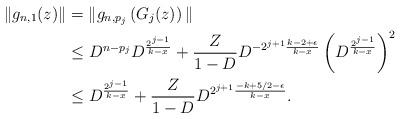
LaTeX: \begin{align*}\|g_{n,1}(z)\|&=\|g_{n,p_j}\left(G_j(z)\right)\|\\ & \leq D^{n-p_j}D^{\frac{2^{j-1}}{k-x}}+ \frac{Z}{1-D}D^{-2^{j+1}\frac{k-2+\epsilon}{k-x}}\left(D^{\frac{2^{j-1}}{k-x}}\right)^2\\& \leq D^{\frac{2^{j-1}}{k-x}} + \frac{Z}{1-D}D^{2^{j+1}\frac{-k+5/2-\epsilon}{k-x}}.\end{align*}